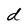
Character: d